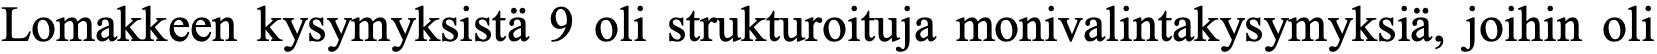
Lomakkeen kysymyksistä 9 oli strukturoituja monivalintakysymyksiä, joihin oli